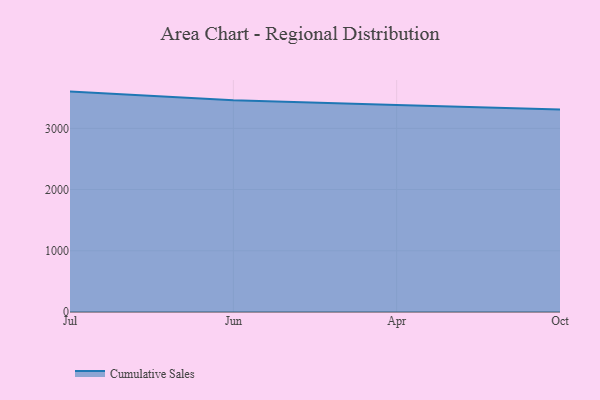
{"axis": {"x": "Month", "y": "Demand Index"}, "legend": ["Cumulative Sales"], "data": [{"x": "Jul", "y": 3600.6, "type": "Cumulative Sales"}, {"x": "Jun", "y": 3458.4, "type": "Cumulative Sales"}, {"x": "Apr", "y": 3380.3, "type": "Cumulative Sales"}, {"x": "Oct", "y": 3309.3, "type": "Cumulative Sales"}]}